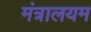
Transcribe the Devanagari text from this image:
मंत्रालयम